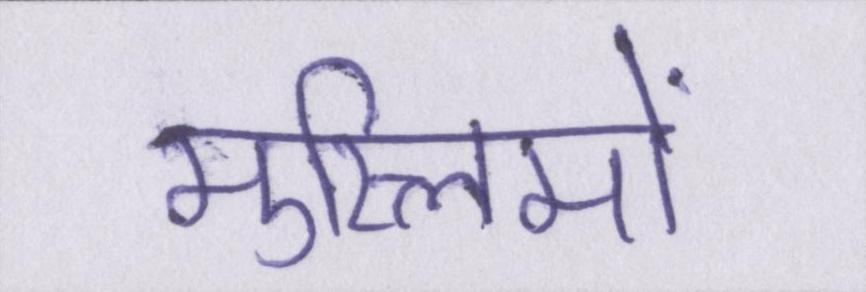
मुस्लिमों